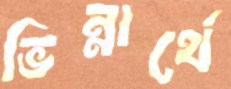
ভিন্নার্থে